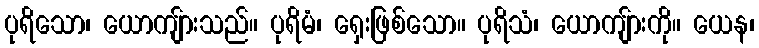
ပုရိသော၊ ယောကျ်ားသည်။ ပုရိမံ၊ ရှေးဖြစ်သော။ ပုရိသံ၊ ယောကျ်ားကို။ ယေန၊